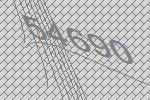
54690